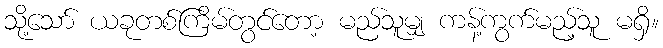
သို့သော် ယခုတစ်ကြိမ်တွင်တော့ မည်သူမျှ ကန့်ကွက်မည့်သူ မရှိ။